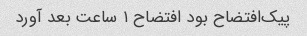
پیک‌افتضاح بود افتضاح ۱ ساعت بعد آورد